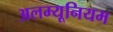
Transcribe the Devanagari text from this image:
अलम्यूनियम